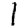
Digit: 1